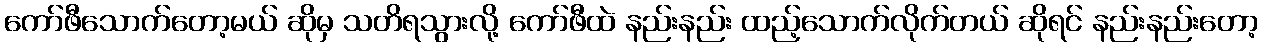
ကော်ဖီသောက်တော့မယ် ဆိုမှ သတိရသွားလို့ ကော်ဖီထဲ နည်းနည်း ထည့်သောက်လိုက်တယ် ဆိုရင် နည်းနည်းတော့